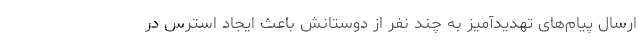
ارسال پیام‌های تهدیدآمیز به چند نفر از دوستانش باعث ایجاد استرس در